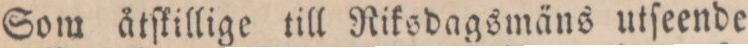
Som åtſkillige till Riksdagsmäns utſeende